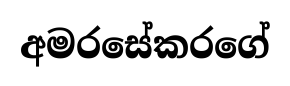
අමරසේකරගේ